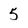
Character: 5